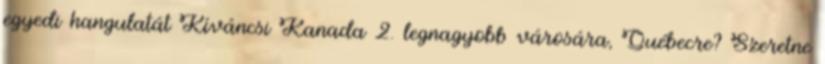
egyedi hangulatát Kíváncsi Kanada 2. legnagyobb városára, Québecre? Szeretne